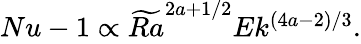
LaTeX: \begin{array}{r}{Nu-1\propto\widetilde{Ra}^{2a+1/2}Ek^{(4a-2)/3}.}\end{array}